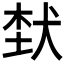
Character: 𤞷